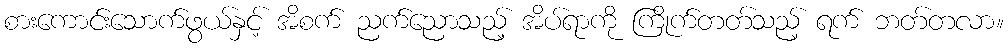
စားကောင်းသောက်ဖွယ်နှင့် အိစက် ညက်ညောသည့် အိပ်ရာကို ကြိုက်တတ်သည့် ရက် ဘတ်တလာ။